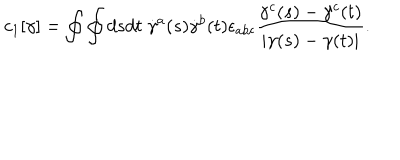
LaTeX: c _ { 1 } [ \gamma ] = \oint \oint d s d t \; \dot { \gamma } ^ { a } ( s ) \dot { \gamma } ^ { b } ( t ) \epsilon _ { a b c } { \frac { \gamma ^ { c } ( s ) - \gamma ^ { c } ( t ) } { | \gamma ( s ) - \gamma ( t ) | } } .